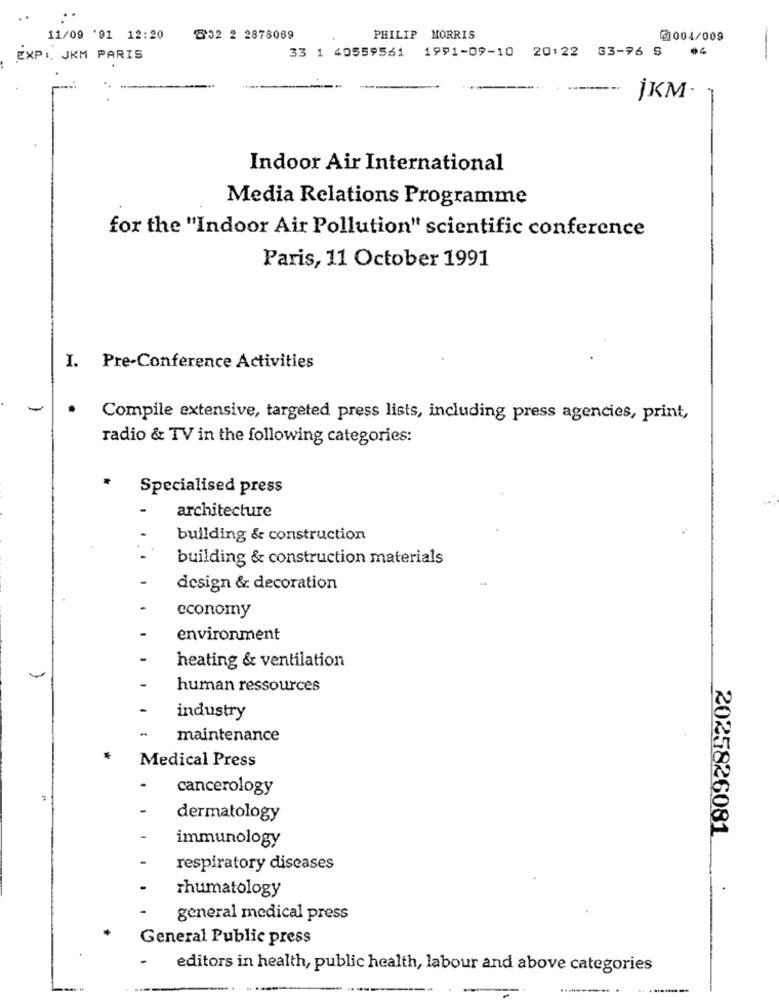
11/09 '91 12:20
832 2 2878089
PHILIP MORRIS
@004/009
33 1 40559561 1991-09-10 20:22 63-76 S
64
EXPI, JKM PARIS
İKM-
Indoor Air International
Media Relations Programme
for the "Indoor Air Pollution" scientific conference
Paris, 11 October 1991
I. Pre-Conference Activities
Compile extensive, targeted press lists, including press agencies, print,
radio & TV in the following categories:
Specialised press
architecture
building & construction
building & construction materials
design & decoration
economy
environment
heating & ventilation
human ressources
industry
maintenance
Medical Press
cancerology
dermatology
2025826081
immunology
respiratory diseases
rhumatology
general medical press
General Public press
editors in health, public health, labour and above categories
.----